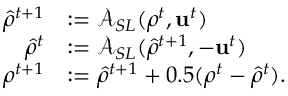
\begin{array} { r l } { \hat { \rho } ^ { t + 1 } } & { : = \mathcal { A } _ { S L } ( \rho ^ { t } , \mathrm { \mathbf { u } } ^ { t } ) } \\ { \hat { \rho } ^ { t } } & { : = \mathcal { A } _ { S L } ( \hat { \rho } ^ { t + 1 } , - \mathrm { \mathbf { u } } ^ { t } ) } \\ { \rho ^ { t + 1 } } & { : = \hat { \rho } ^ { t + 1 } + 0 . 5 ( \rho ^ { t } - \hat { \rho } ^ { t } ) . } \end{array}